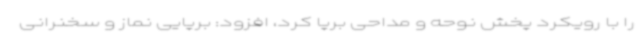
را با رویکرد پخش نوحه و مداحی برپا کرد، افزود: برپایی نماز و سخنرانی